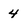
Character: 4